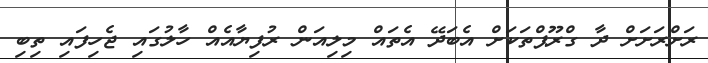
ރަށްރަށަށް ދާ ގްރޫޕްތަކަށް އެބަދޭ އެތައް މިލިއަން ރުފިޔާއެއް ހާލުގައި ޖެހިފައި ތިބި